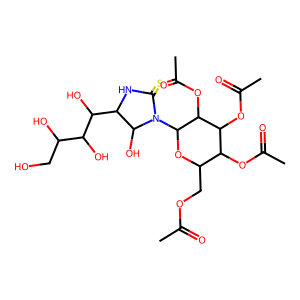
SMILES: CC(=O)OCC1OC(N2C(=S)NC(C(O)C(O)C(O)CO)C2O)C(OC(C)=O)C(OC(C)=O)C1OC(C)=O
Inhibits HIV replication: No